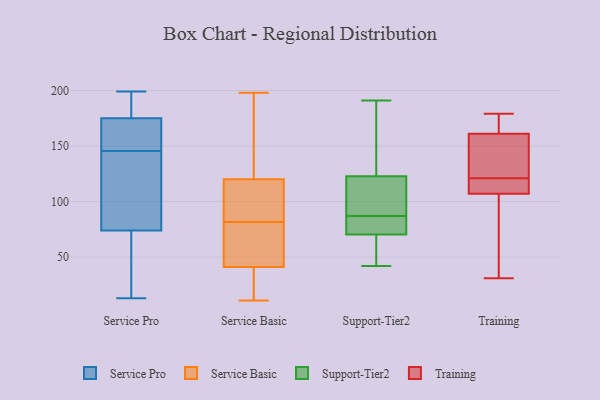
{"axis": {"x": "Latency (ms)", "y": "Value"}, "legend": ["Service Basic", "Service Pro", "Support-Tier2", "Training"], "data": [{"x": "", "y": 137, "type": "Service Pro"}, {"x": "", "y": 98, "type": "Service Pro"}, {"x": "", "y": 197, "type": "Service Pro"}, {"x": "", "y": 51, "type": "Service Pro"}, {"x": "", "y": 154, "type": "Service Pro"}, {"x": "", "y": 49, "type": "Service Pro"}, {"x": "", "y": 166, "type": "Service Pro"}, {"x": "", "y": 97, "type": "Service Pro"}, {"x": "", "y": 13, "type": "Service Pro"}, {"x": "", "y": 199, "type": "Service Pro"}, {"x": "", "y": 184, "type": "Service Pro"}, {"x": "", "y": 165, "type": "Service Pro"}, {"x": "", "y": 198, "type": "Service Basic"}, {"x": "", "y": 11, "type": "Service Basic"}, {"x": "", "y": 21, "type": "Service Basic"}, {"x": "", "y": 55, "type": "Service Basic"}, {"x": "", "y": 95, "type": "Service Basic"}, {"x": "", "y": 41, "type": "Service Basic"}, {"x": "", "y": 137, "type": "Service Basic"}, {"x": "", "y": 120, "type": "Service Basic"}, {"x": "", "y": 96, "type": "Service Basic"}, {"x": "", "y": 68, "type": "Service Basic"}, {"x": "", "y": 68, "type": "Support-Tier2"}, {"x": "", "y": 42, "type": "Support-Tier2"}, {"x": "", "y": 50, "type": "Support-Tier2"}, {"x": "", "y": 191, "type": "Support-Tier2"}, {"x": "", "y": 189, "type": "Support-Tier2"}, {"x": "", "y": 59, "type": "Support-Tier2"}, {"x": "", "y": 71, "type": "Support-Tier2"}, {"x": "", "y": 80, "type": "Support-Tier2"}, {"x": "", "y": 110, "type": "Support-Tier2"}, {"x": "", "y": 87, "type": "Support-Tier2"}, {"x": "", "y": 73, "type": "Support-Tier2"}, {"x": "", "y": 74, "type": "Support-Tier2"}, {"x": "", "y": 111, "type": "Support-Tier2"}, {"x": "", "y": 125, "type": "Support-Tier2"}, {"x": "", "y": 96, "type": "Support-Tier2"}, {"x": "", "y": 136, "type": "Support-Tier2"}, {"x": "", "y": 122, "type": "Support-Tier2"}, {"x": "", "y": 31, "type": "Training"}, {"x": "", "y": 170, "type": "Training"}, {"x": "", "y": 161, "type": "Training"}, {"x": "", "y": 179, "type": "Training"}, {"x": "", "y": 149, "type": "Training"}, {"x": "", "y": 107, "type": "Training"}, {"x": "", "y": 115, "type": "Training"}, {"x": "", "y": 118, "type": "Training"}, {"x": "", "y": 124, "type": "Training"}, {"x": "", "y": 61, "type": "Training"}]}